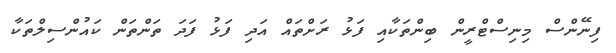
ފިނޭންސް މިނިސްޓްރީން ބިންތަކާއި ފަޅު ރަށްތައް އަދި ފަޅު ފަދަ ތަންތަން ކައުންސިލްތަކާ